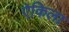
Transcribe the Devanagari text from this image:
ऐकिला